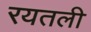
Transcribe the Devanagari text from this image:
रयतली